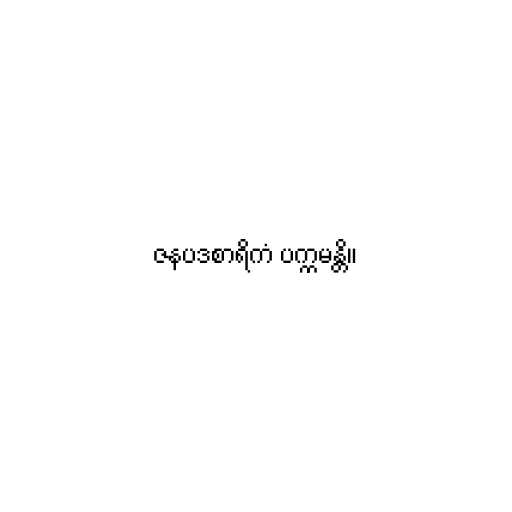
ဇနပဒစာရိကံ ပက္ကမန္တိ။